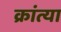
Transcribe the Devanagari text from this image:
क्रांत्या